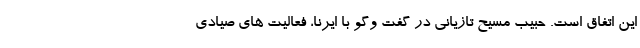
این اتفاق است. حبیب مسیح تازیانی در گفت وگو با ایرنا، فعالیت های صیادی